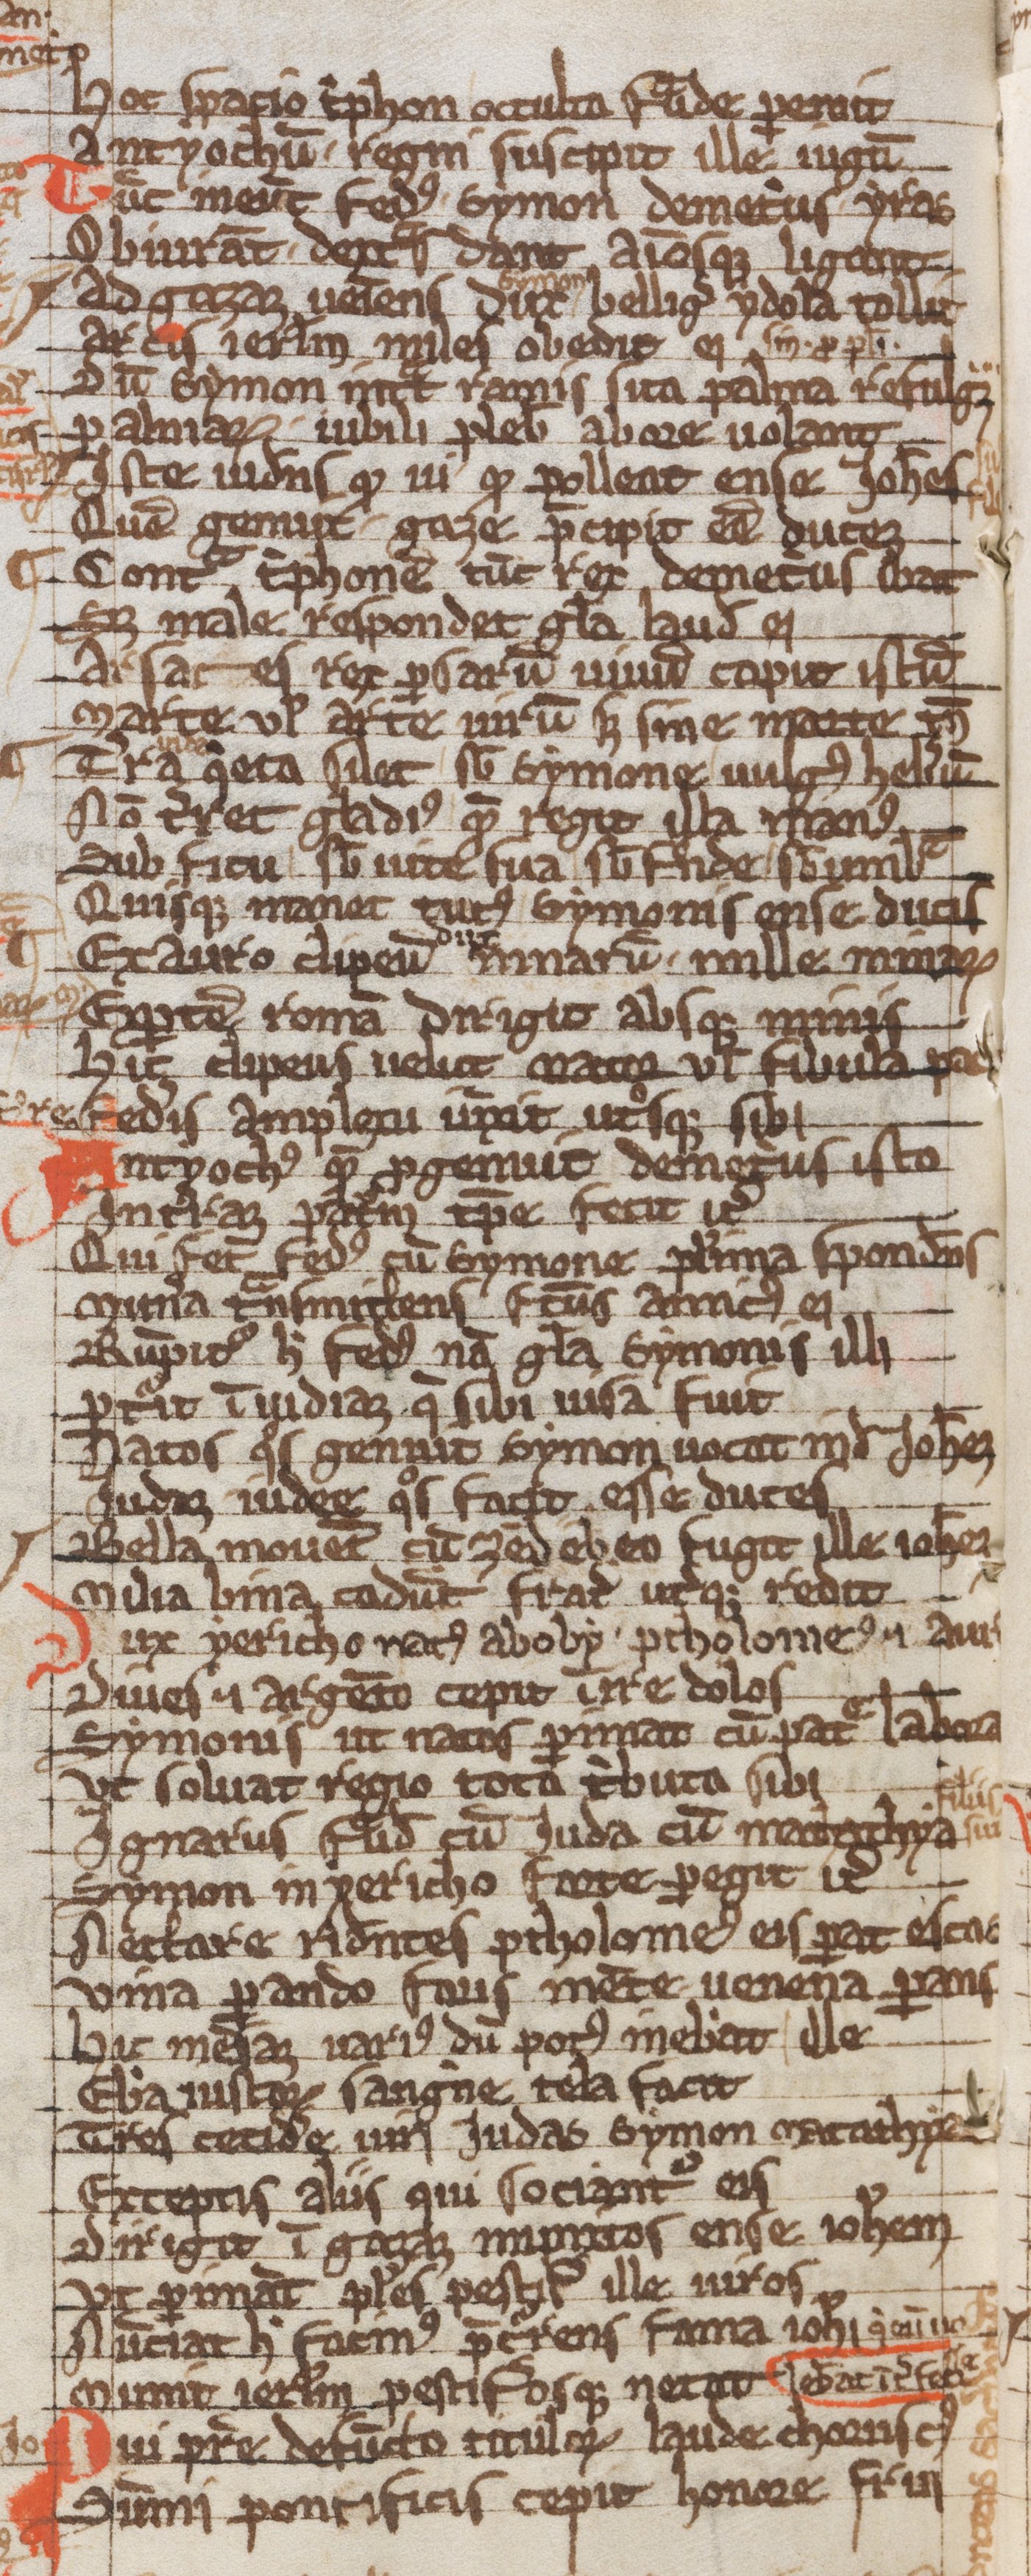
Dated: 1203–1203